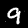
Digit: 9